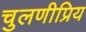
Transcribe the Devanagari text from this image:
चुलणीप्रिय